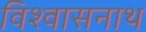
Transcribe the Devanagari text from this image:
विश्वासनाथ